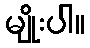
မျိုးပါ။